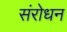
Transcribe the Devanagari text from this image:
संरोधन